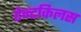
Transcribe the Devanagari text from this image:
टेन्टकिलस